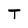
Character: T